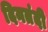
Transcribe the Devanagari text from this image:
दिनतंदी